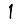
Digit: 1